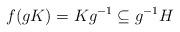
LaTeX: \begin{align*} f(gK)=Kg^{-1} \subseteq g^{-1}H \end{align*}